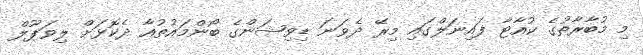
މި މުބާރާތުގެ ކުއާޓާ ފައިނަލްގައި މިރޭ ދެވަނަ ޑިވިޝަންގެ ބޯންމައުތުއާ ދެކޮޅަށް ލިވަޕޫލް